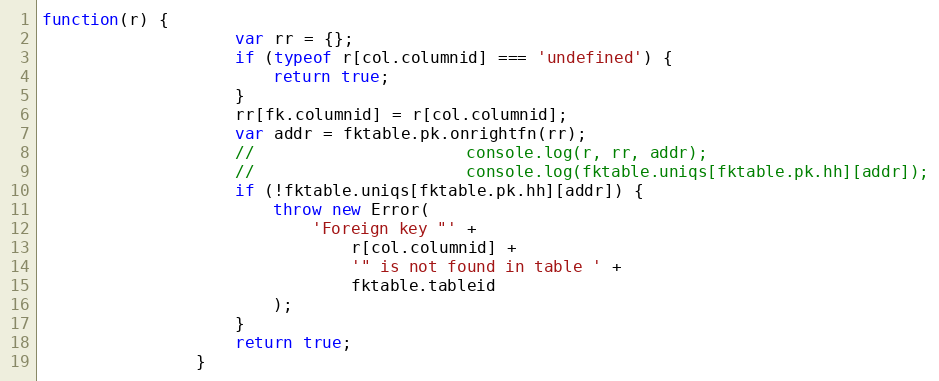
Language: JavaScript
function(r) {
					var rr = {};
					if (typeof r[col.columnid] === 'undefined') {
						return true;
					}
					rr[fk.columnid] = r[col.columnid];
					var addr = fktable.pk.onrightfn(rr);
					//						console.log(r, rr, addr);
					//						console.log(fktable.uniqs[fktable.pk.hh][addr]);
					if (!fktable.uniqs[fktable.pk.hh][addr]) {
						throw new Error(
							'Foreign key "' +
								r[col.columnid] +
								'" is not found in table ' +
								fktable.tableid
						);
					}
					return true;
				}